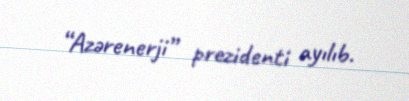
“Azərenerji” prezidenti ayılıb.